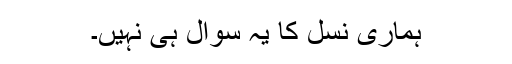
ہماری نسل کا یہ سوال ہی نہیں۔